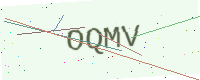
Text: OQMV